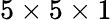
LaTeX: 5\times 5\times 1